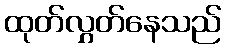
ထုတ်လွှတ်နေသည်